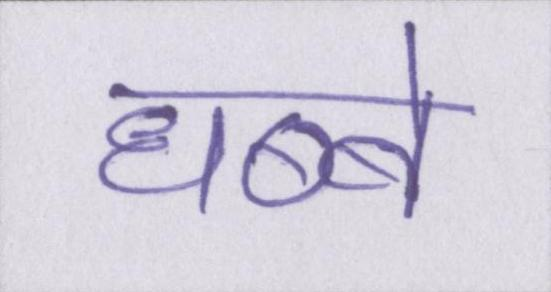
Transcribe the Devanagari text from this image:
धब्बे